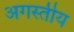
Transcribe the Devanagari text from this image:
अगस्तीय